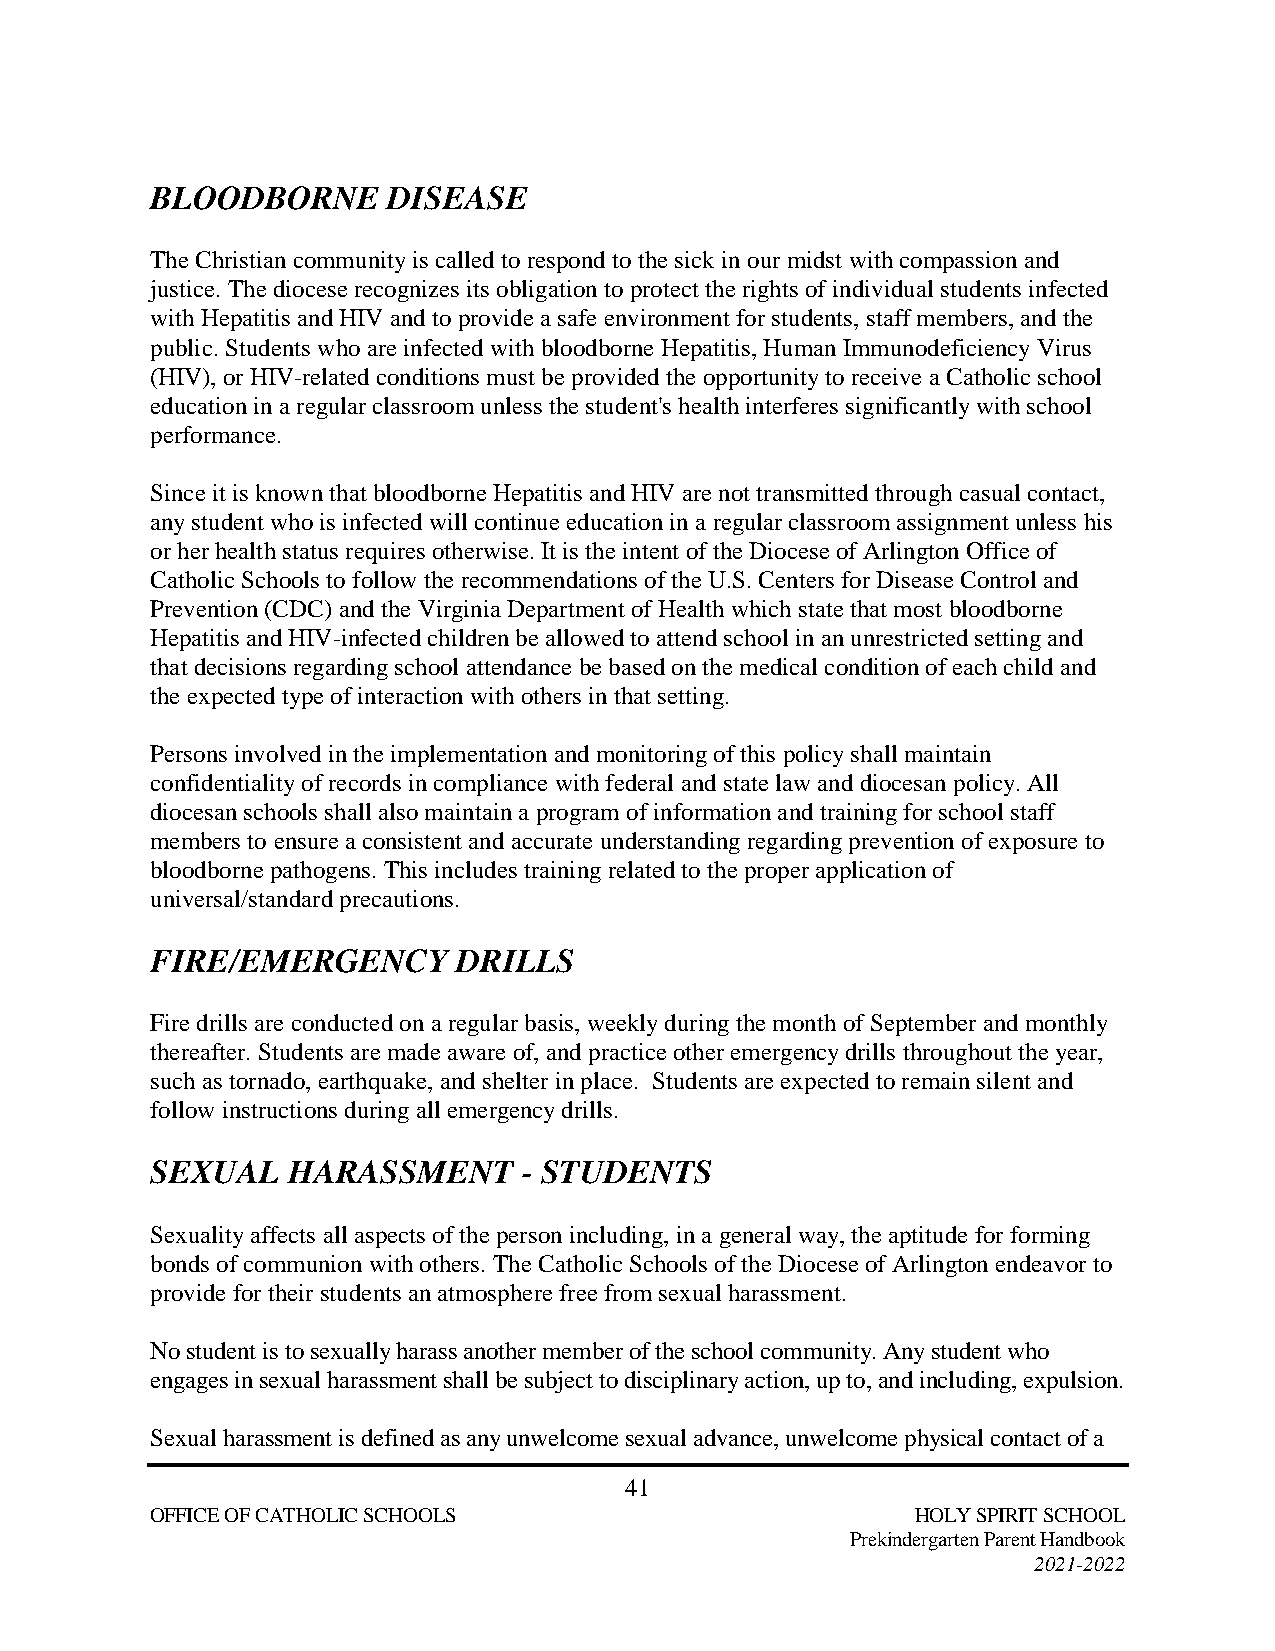
BLOODBORNE      DISEASE
 The Christian community is called to respond to the sick in our midst with compassion and
 justice. The diocese recognizes its obligation to protect the rights of individual students infected
 with Hepatitis and HIV and to provide a safe environment for students, staff members, and the
 public. Students who are infected with bloodborne Hepatitis, Human Immunodeficiency Virus
 (HIV), or HIV-related conditions must be provided the opportunity to receive a Catholic school
 education in a regular classroom unless the student's health interferes significantly with school
 performance.
 Since it is known that bloodborne Hepatitis and HIV are not transmitted through casual contact,
 any student who is infected will continue education in a regular classroom assignment unless his
 or her health status requires otherwise. It is the intent of the Diocese of Arlington Office of
 Catholic Schools to follow the recommendations of the U.S. Centers for Disease Control and
 Prevention (CDC) and the Virginia Department of Health which state that most bloodborne
 Hepatitis and HIV-infected children be allowed to attend school in an unrestricted setting and
 that decisions regarding school attendance be based on the medical condition of each child and
 the expected type of interaction with others in that setting.
 Persons involved in the implementation and monitoring of this policy shall maintain
 confidentiality of records in compliance with federal and state law and diocesan policy. All
 diocesan schools shall also maintain a program of information and training for school staff
 members to ensure a consistent and accurate understanding regarding prevention of exposure to
 bloodborne pathogens. This includes training related to the proper application of
 universal/standard precautions.
 FIRE/EMERGENCY      DRILLS
 Fire drills are conducted on a regular basis, weekly during the month of September and monthly
 thereafter. Students are made aware of, and practice other emergency drills throughout the year,
 such as tornado, earthquake, and shelter in place. Students are expected to remain silent and
 follow instructions during all emergency drills.
 SEXUAL   HARASSMENT      - STUDENTS
 Sexuality affects all aspects of the person including, in a general way, the aptitude for forming
 bonds of communion with others. The Catholic Schools of the Diocese of Arlington endeavor to
 provide for their students an atmosphere free from sexual harassment.
 No student is to sexually harass another member of the school community. Any student who
 engages in sexual harassment shall be subject to disciplinary action, up to, and including, expulsion.
 Sexual harassment is defined as any unwelcome sexual advance, unwelcome physical contact of a
 41
 OFFICE OF CATHOLIC SCHOOLS                         HOLY SPIRIT SCHOOL
 Prekindergarten Parent Handbook
 2021-2022